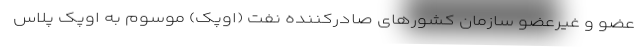
عضو و غیرعضو سازمان کشورهای صادرکننده نفت (اوپک) موسوم به اوپک پلاس